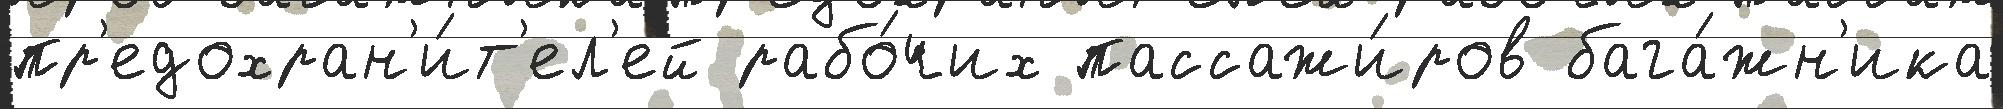
пр'едохран'и́т'ел'ей рабо́чих пассажи́ров бага́жн'ика